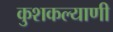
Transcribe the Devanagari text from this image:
कुशकल्याणी